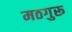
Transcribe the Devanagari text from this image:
मठगुरू